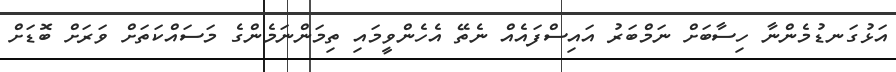
އަޅުގަނޑުމެންނާ ހިސާބަށް ނަމްބަރު އައިސްފައެއް ނެތޭ އެހެންވީމައި ތިމަންނަމެންގެ މަސައްކަތަށް ވަރަށް ބޮޑަށް